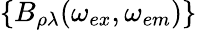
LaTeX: \{ B_{\rho\lambda}(\omega_{ex},\omega_{em})\}